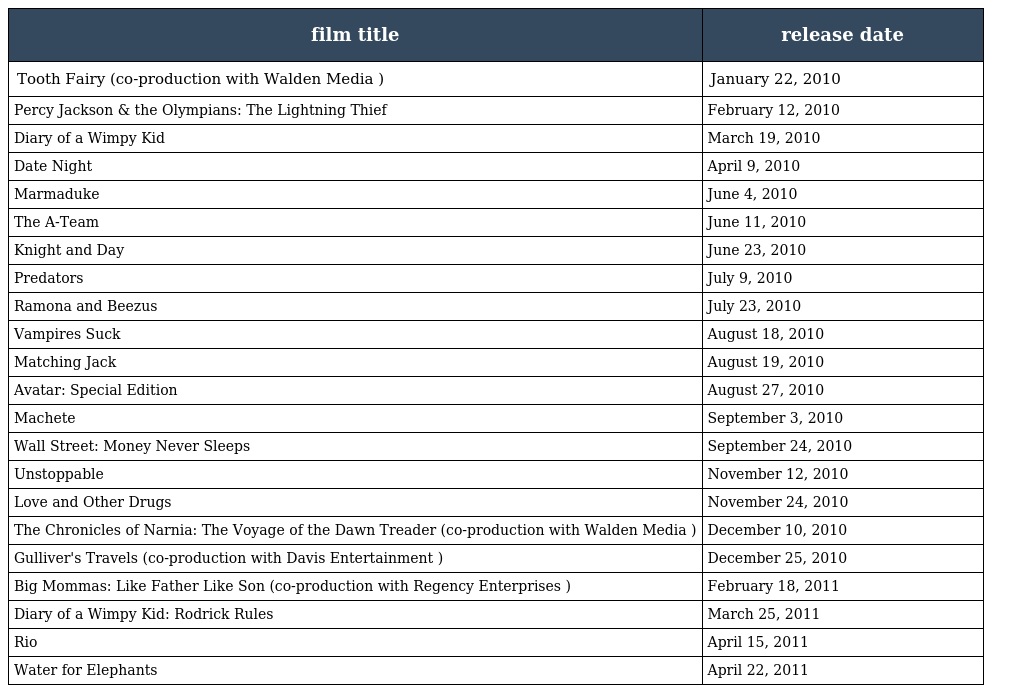
| film title | release date |
 | --- | --- |
 | Tooth Fairy (co-production with Walden Media ) | January 22, 2010 |
 | Percy Jackson & the Olympians: The Lightning Thief | February 12, 2010 |
 | Diary of a Wimpy Kid | March 19, 2010 |
 | Date Night | April 9, 2010 |
 | Marmaduke | June 4, 2010 |
 | The A-Team | June 11, 2010 |
 | Knight and Day | June 23, 2010 |
 | Predators | July 9, 2010 |
 | Ramona and Beezus | July 23, 2010 |
 | Vampires Suck | August 18, 2010 |
 | Matching Jack | August 19, 2010 |
 | Avatar: Special Edition | August 27, 2010 |
 | Machete | September 3, 2010 |
 | Wall Street: Money Never Sleeps | September 24, 2010 |
 | Unstoppable | November 12, 2010 |
 | Love and Other Drugs | November 24, 2010 |
 | The Chronicles of Narnia: The Voyage of the Dawn Treader (co-production with Walden Media ) | December 10, 2010 |
 | Gulliver's Travels (co-production with Davis Entertainment ) | December 25, 2010 |
 | Big Mommas: Like Father Like Son (co-production with Regency Enterprises ) | February 18, 2011 |
 | Diary of a Wimpy Kid: Rodrick Rules | March 25, 2011 |
 | Rio | April 15, 2011 |
 | Water for Elephants | April 22, 2011 |